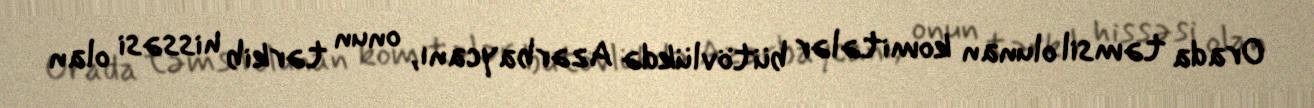
Orada təmsil olunan komitələr bütövlükdə Azərbaycanı, onun tərkib hissəsi olan